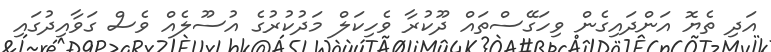
އަދި ތެޔޮ އަންދައިގެން ވިހަގޭސްތައް ދޫކުރާ ވެހިކަލް މަދުކުރުގެ އުސޫލެއް ވެސް ގަވާއިދުގައި